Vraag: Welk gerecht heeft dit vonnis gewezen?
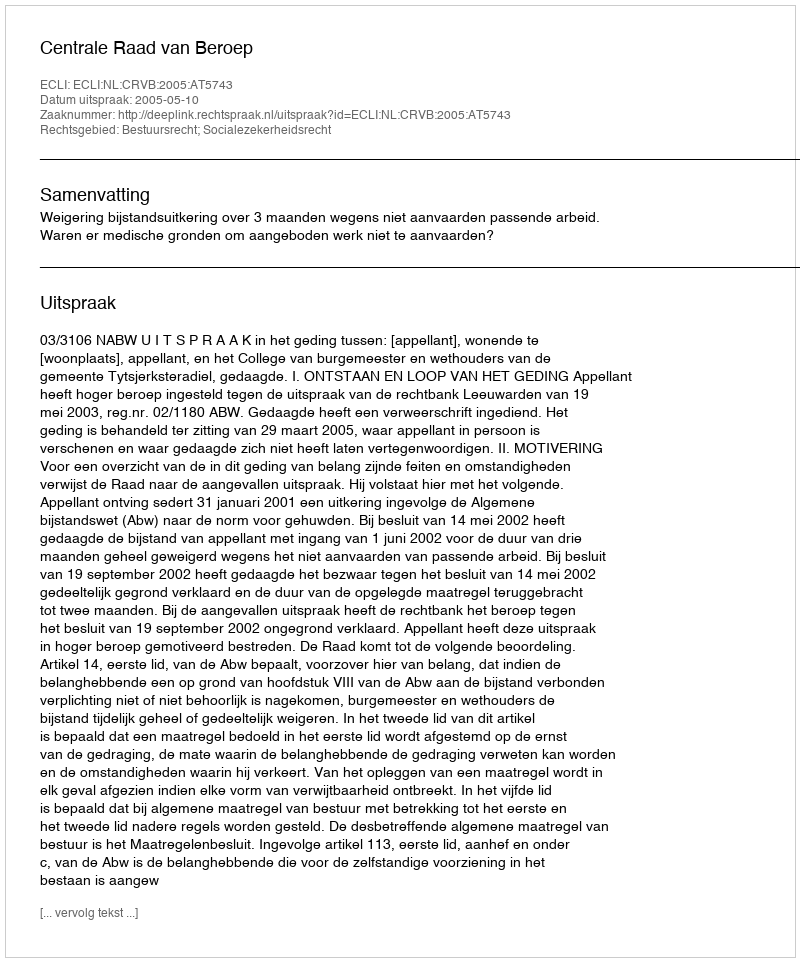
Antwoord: Centrale Raad van Beroep